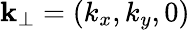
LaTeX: \textbf{k}_{\perp}=(k_{x},k_{y},0)